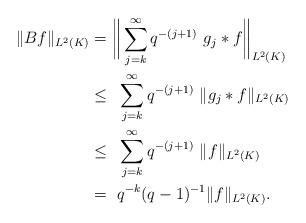
LaTeX: \begin{align*} \|B f\|_{L^2(K)} & = \bigg\|\sum_{j = k }^{\infty } q^{-(j+1)}~ g_j \ast f \bigg\|_{L^2(K)}\\ & \leq ~ \sum_{j = k }^{\infty } q^{-(j+1)}~ \|g_j \ast f\|_{L^2(K)} \\ &\leq ~ \sum_{j = k }^{\infty } q^{-(j+1)}~ \| f\|_{L^2(K)} \\ &= ~ q^{-k}(q-1)^{-1} \| f\|_{L^2(K)} .\end{align*}